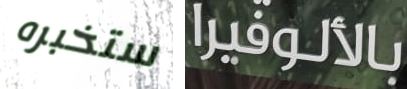
ستخبره بالألوفيرا